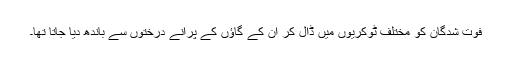
فوت شدگان کو مختلف ٹوکریوں میں ڈال کر ان کے گاؤں کے پرانے درختوں سے باندھ دیا جاتا تھا۔